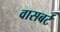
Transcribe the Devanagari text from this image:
वासबर्ट